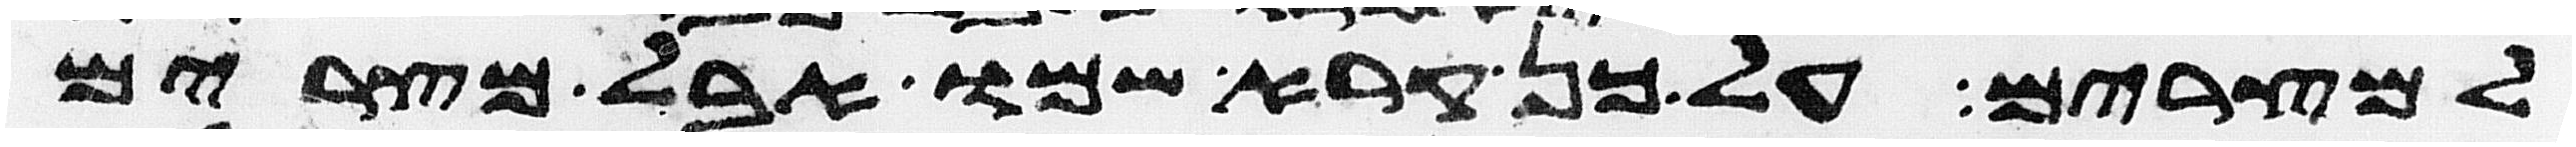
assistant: למצרים על כן קרא שמו אבל מצרים